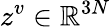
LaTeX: z^{v}\in\mathbb{R}^{3N}